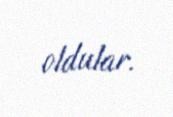
oldular.